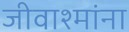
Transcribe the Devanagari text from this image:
जीवाश्मांना